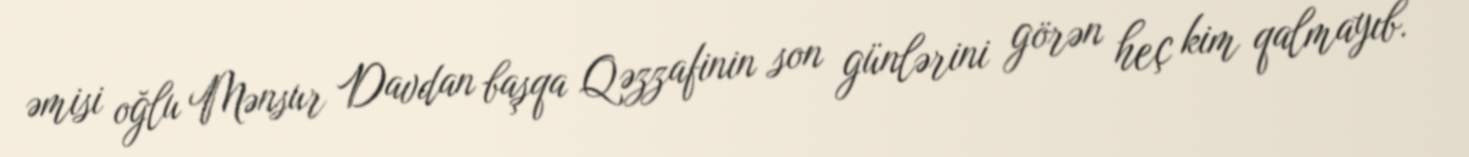
əmisi oğlu Mənsur Davdan başqa Qəzzafinin son günlərini görən heç kim qalmayıb.